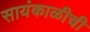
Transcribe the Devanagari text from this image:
सायंकाळीची